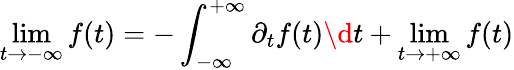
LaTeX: \operatorname*{lim}_{t\rightarrow-\infty}f(t)=-\int_{-\infty}^{+\infty}\partial_{t}f(t)\d t+\operatorname*{lim}_{t\rightarrow+\infty}f(t)